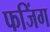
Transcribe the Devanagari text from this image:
फजिंग